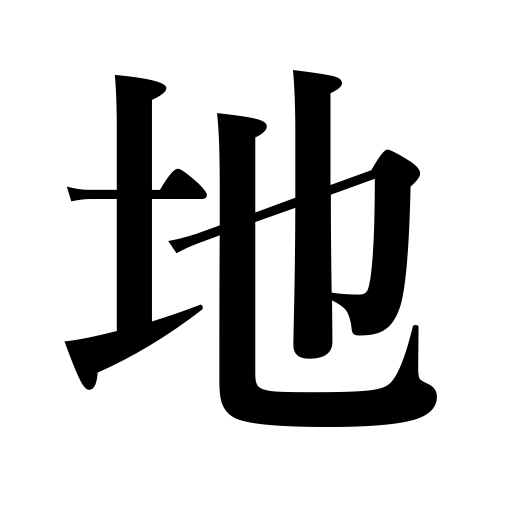
Meanings: territory,fabric,site,accompaniment,respectability,space,position,the surface of the earth,weave,room,ground,soil,narrative part,texture,region,fact,disposition,field of a flag,foundation,place,land,earth